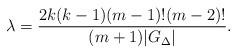
LaTeX: \begin{align*}\lambda=\frac{2k(k-1)(m-1)!(m-2)!}{(m+1) |G_\Delta|}.\end{align*}